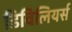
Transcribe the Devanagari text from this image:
डिविलियर्स